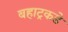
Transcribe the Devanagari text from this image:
बहाट्रकडे